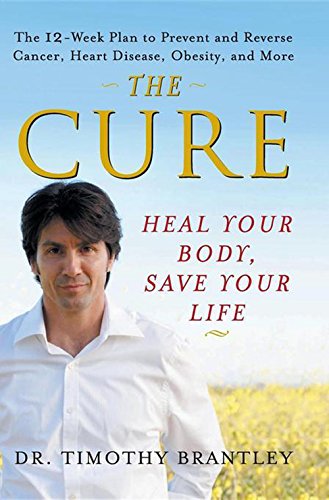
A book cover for The Cure: Heal Your Body, Save Your Life; Dr. Timothy Brantley; Crafts, Hobbies & Home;